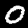
Label: 0